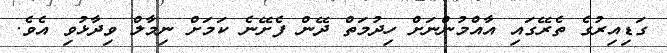
ގަޑިއިރުގެ ތެރޭގައި އާއްމުންނަށް ހިދުމަތް ދޭން ފެށޭނެ ކަމަށް ނިމާލް ވިދާޅުވި އެވެ.